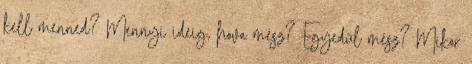
kell menned? Mennyi ideig, hova mész? Egyedül mész? Mikor